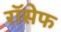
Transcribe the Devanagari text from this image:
रॉसेफ